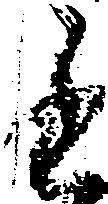
進